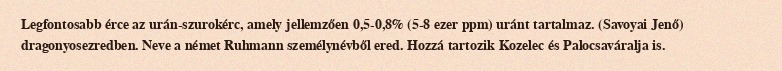
Legfontosabb érce az urán-szurokérc, amely jellemzően 0,5-0,8% (5-8 ezer ppm) uránt tartalmaz. (Savoyai Jenő) dragonyosezredben. Neve a német Ruhmann személynévből ered. Hozzá tartozik Kozelec és Palocsaváralja is.